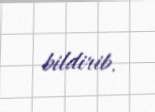
bildirib.